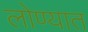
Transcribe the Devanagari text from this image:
लोण्यात